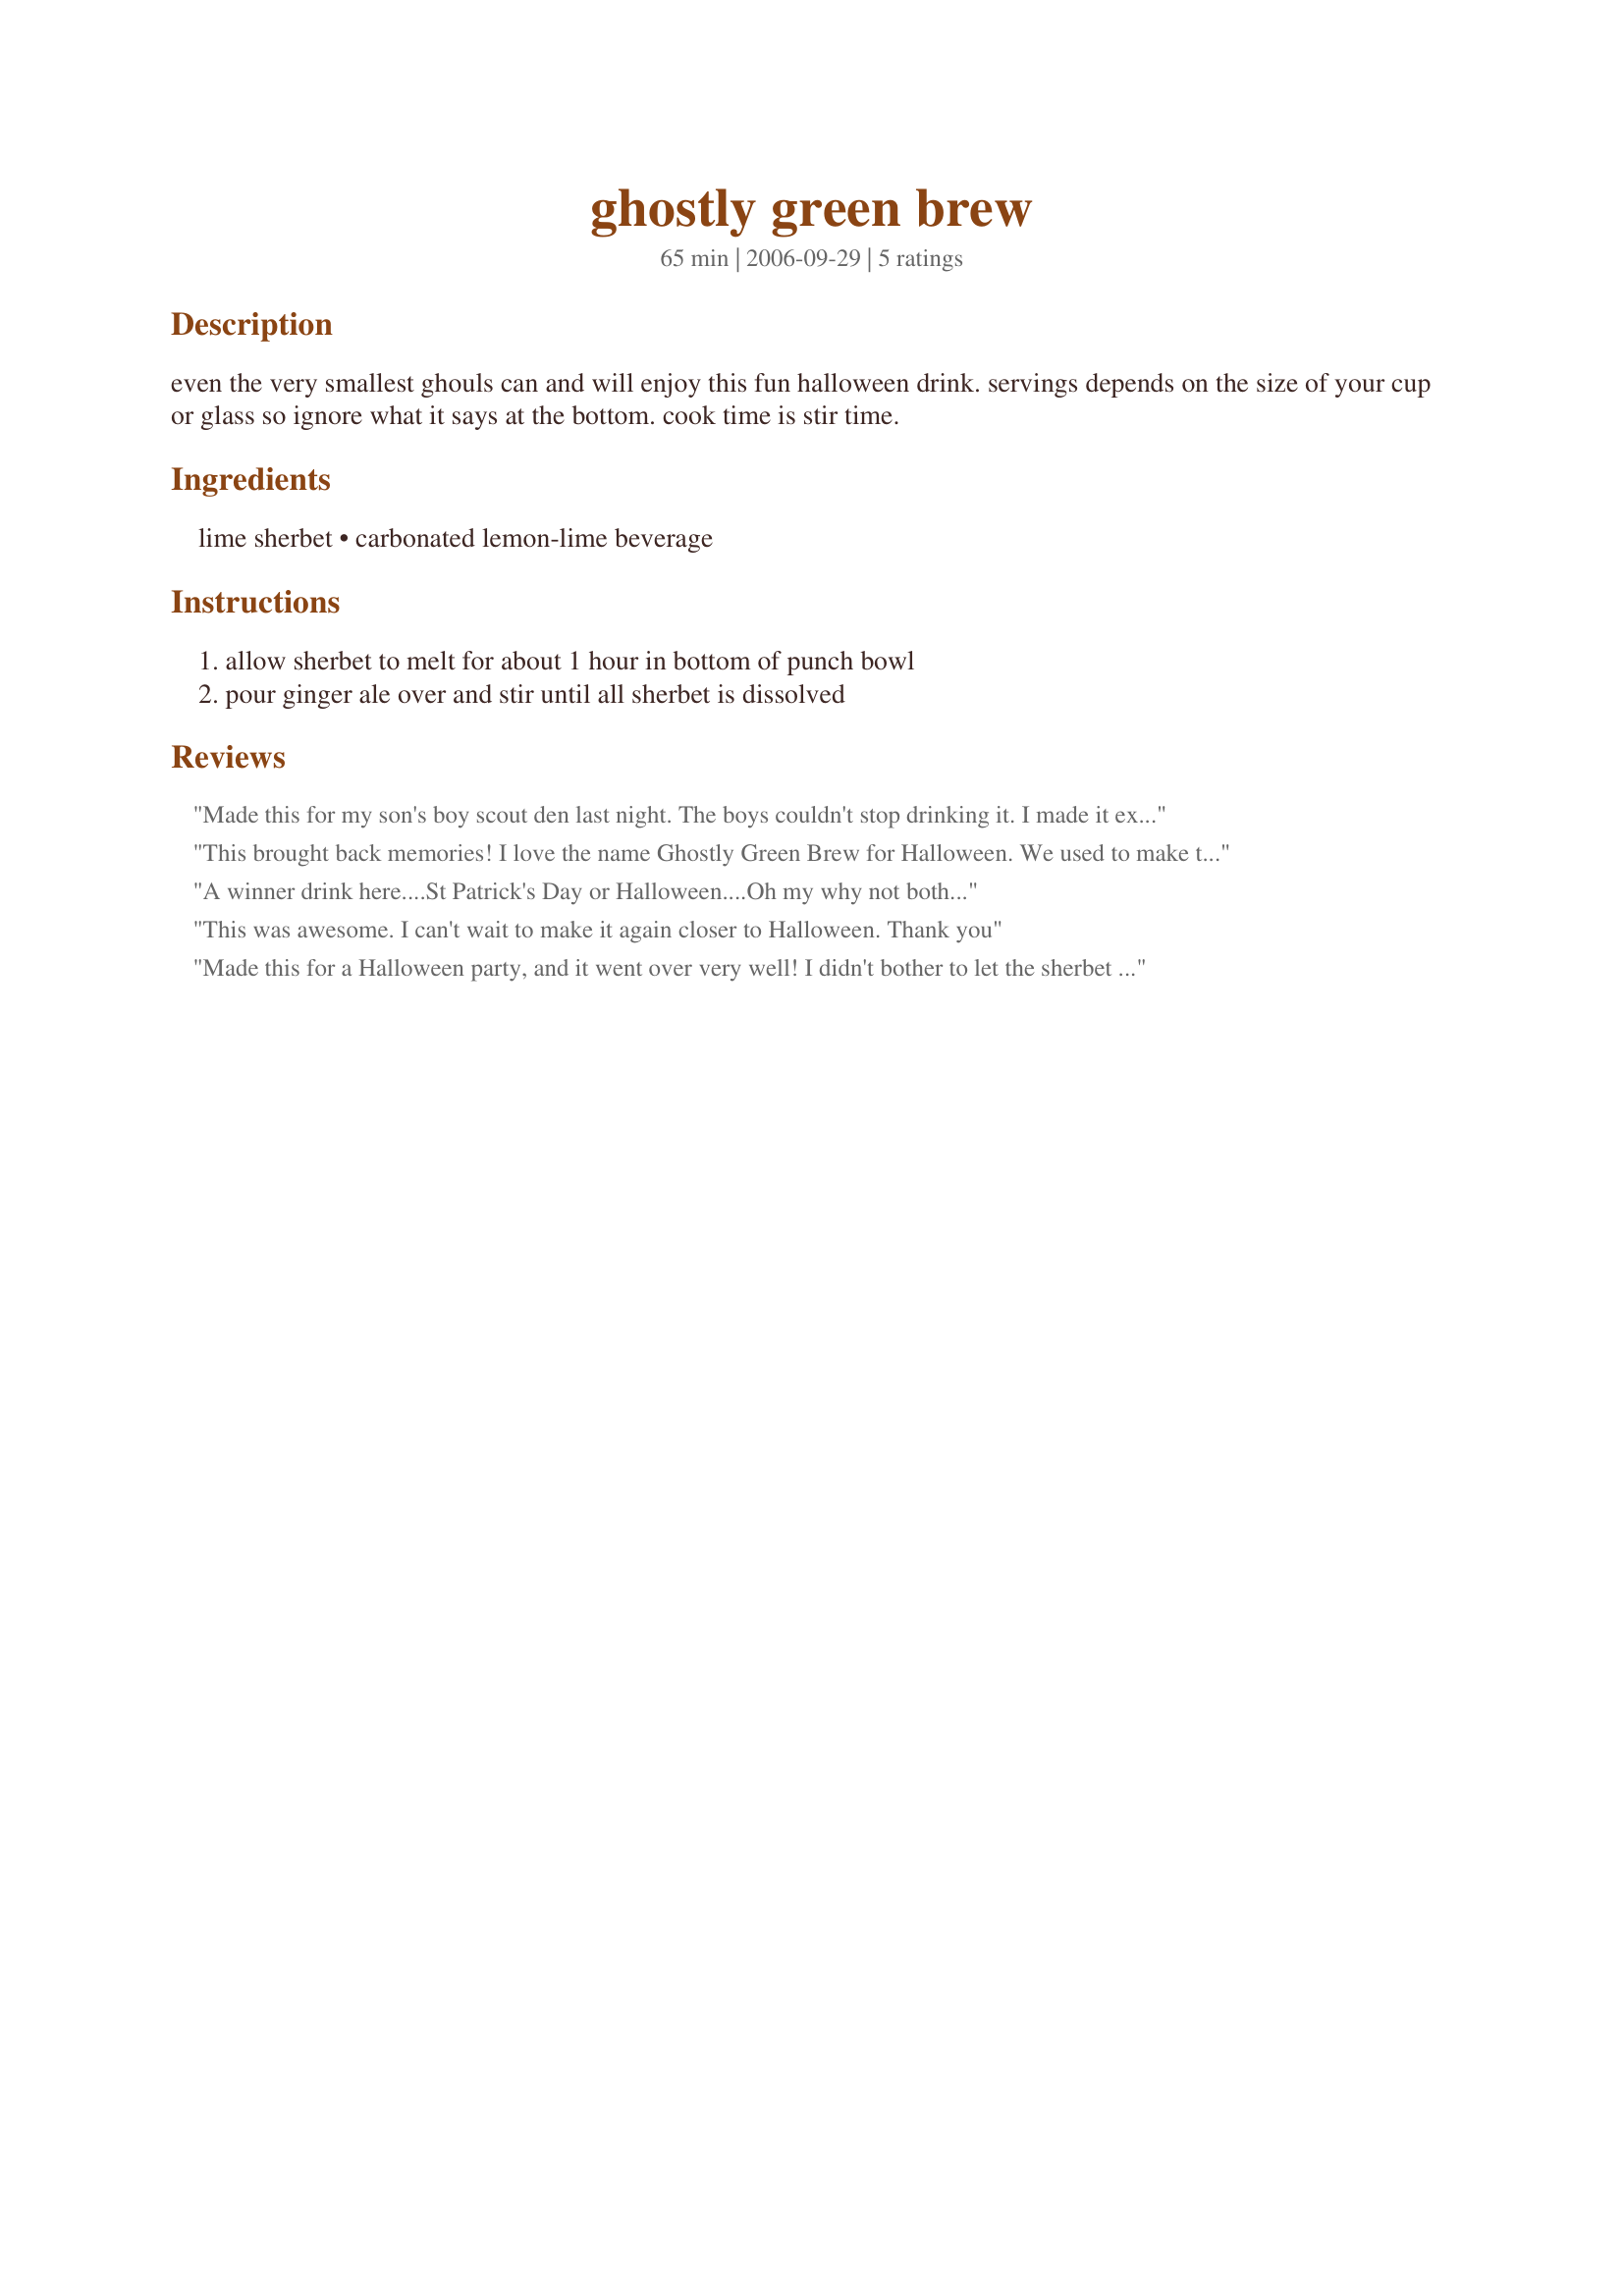
ghostly green brew
Preparation time: 65 minutes

even the very smallest ghouls can and will enjoy this fun halloween drink. servings depends on the size of your cup or glass so ignore what it says at the bottom. cook time is stir time.

Ingredients:
lime sherbet, carbonated lemon-lime beverage

Steps:
allow sherbet to melt for about 1 hour in bottom of punch bowl, pour ginger ale over and stir until all sherbet is dissolved

Reviews:
Made this for my son's boy scout den last night. The boys couldn't stop drinking it. I made it exactly as written and it was enjoyed by all.
This brought back memories! I love the name Ghostly Green Brew for Halloween. We used to make this as a child friendly punch for New Year's Eve. We would sometimes add pineapple juice as mentioned by another reviewer. I served in Recipe #187366. Thanks for posting!
A winner drink here....St Patrick's Day or Halloween....Oh my why not both...
This was awesome. I can't wait to make it again closer to Halloween. Thank you
Made this for a Halloween party, and it went over very well! I didn't bother to let the sherbet melt and I added pineapple juice ice cubes with gummy worms frozen into them. People couldn't stop drinking it...they loved it! Thanks Annacia!
